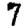
Digit: 7